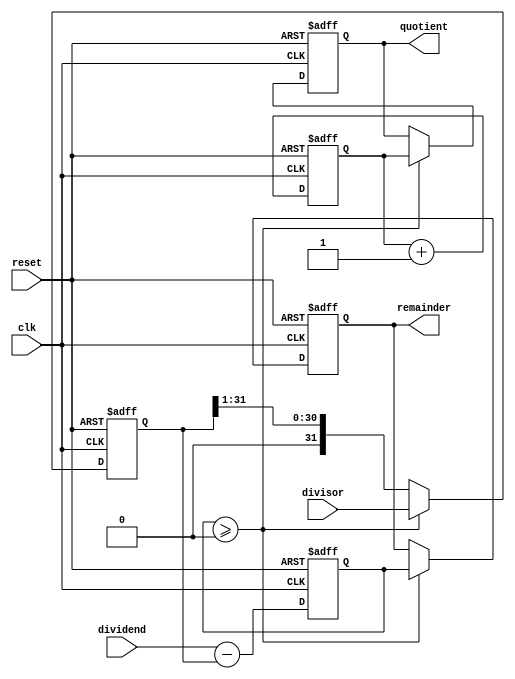
module Pipelined_Divider (
    input wire clk,
    input wire reset,
    input wire [31:0] dividend,
    input wire [31:0] divisor,
    output reg [31:0] quotient,
    output reg [31:0] remainder
);

// Define pipeline stages
reg [31:0] subtraction_result;
reg [31:0] normalized_divisor;
reg [31:0] quotient_partial;
reg [31:0] remainder_partial;

always @(posedge clk or posedge reset) begin
    if (reset) begin
        quotient <= 0;
        remainder <= 0;
        subtraction_result <= 0;
        normalized_divisor <= 0;
        quotient_partial <= 0;
        remainder_partial <= 0;
    end else begin
        // Subtraction stage
        subtraction_result <= dividend - normalized_divisor;
        
        // Normalization stage
        normalized_divisor <= divisor;
        
        // Quotient computation stage
        quotient_partial <= quotient_partial + 1;
        
        // Remainder computation stage
        if (subtraction_result >= 0) begin
            quotient <= quotient_partial;
            remainder <= subtraction_result;
        end else begin
            normalized_divisor <= normalized_divisor >> 1;
        end
    end
end

endmodule